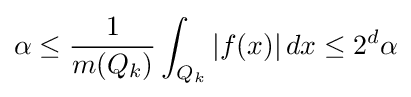
\alpha \leq {\frac {1}{m(Q_{k})}}\int _{Q_{k}}|f(x)|\,dx\leq 2^{d}\alpha